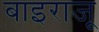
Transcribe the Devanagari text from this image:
बाइराजू